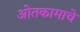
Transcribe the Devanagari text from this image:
ओतकामाचे